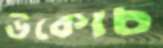
উকোচ